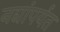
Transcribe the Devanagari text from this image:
नद्यांपर्यत